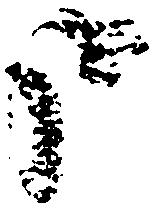
哉